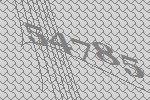
54785